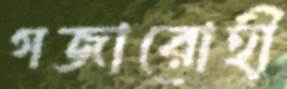
গজারোহী